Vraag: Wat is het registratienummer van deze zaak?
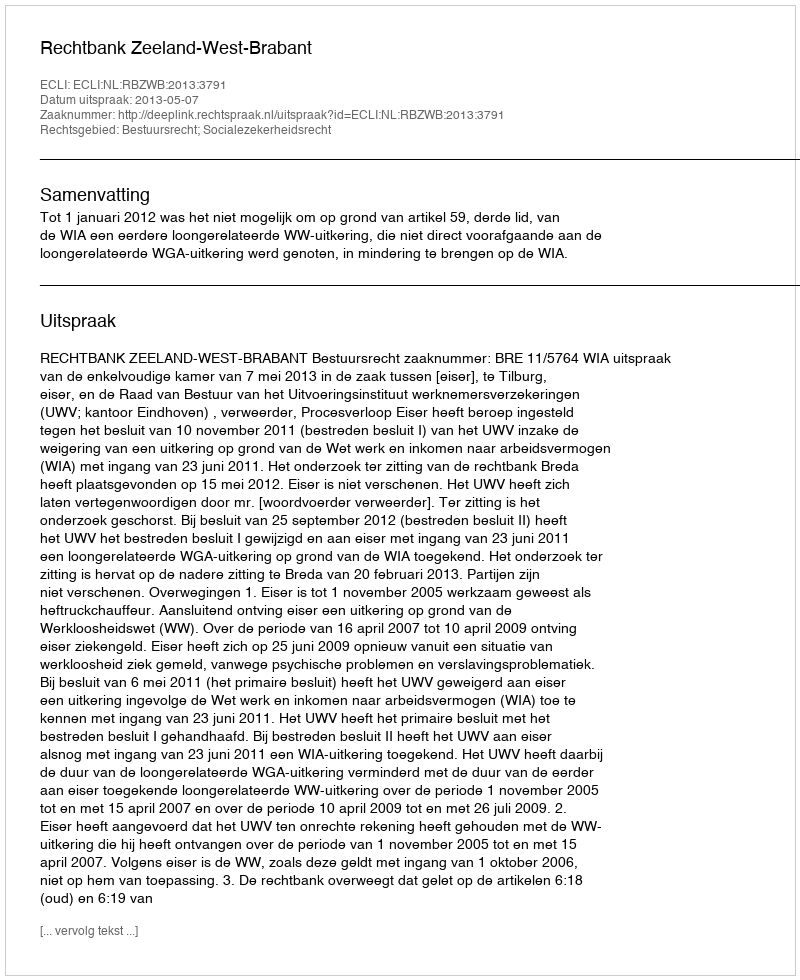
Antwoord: http://deeplink.rechtspraak.nl/uitspraak?id=ECLI:NL:RBZWB:2013:3791